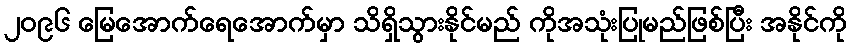
၂၀၉၆ မြေအောက်ရေအောက်မှာ သိရှိသွားနိုင်မည် ကိုအသုံးပြုမည်ဖြစ်ပြီး အနိုင်ကို